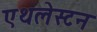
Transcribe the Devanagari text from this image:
एथलेस्टन